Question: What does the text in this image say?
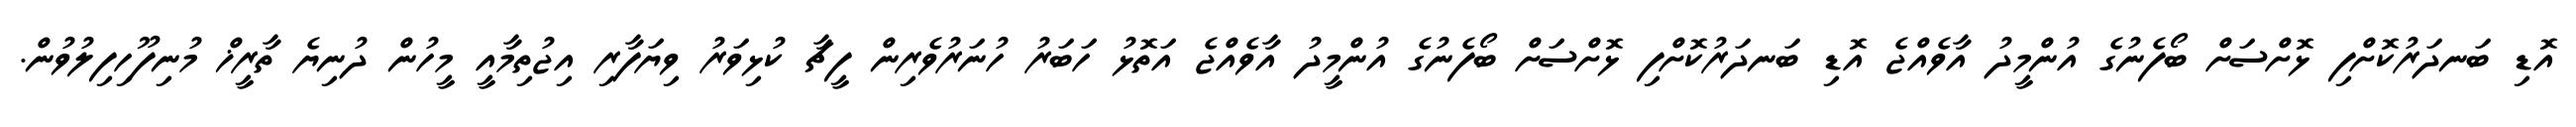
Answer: އޮޑި ބަނދަރުކޮށްފި ޅޮށްސަށް ބޯފެނުގެ އުންމީދު އާވެއްޖެ އޮޑި ބަނދަރުކޮށްފި ޅޮށްސަށް ބޯފެނުގެ އުންމީދު އާވެއްޖެ އަތޮޅު ހަބަރު ހުނަރުވެރިން ފީޗާ ކުޅިވަރު ވިޔަފާރި އިޖުތިމާއީ މީހުން ދުނިޔެ ތާރީޚް މުނިފޫހިފިލުވުން.